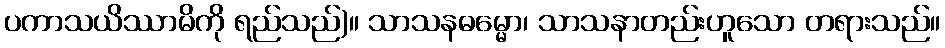
ပကာသယိဿာမိကို ရည်သည်)။ သာသနဓမ္မော၊ သာသနာတည်းဟူသော တရားသည်။